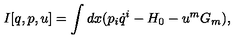
I [ q , p , u ] = \int d x ( p _ { i } \dot { q } ^ { i } - H _ { 0 } - u ^ { m } G _ { m } ) ,